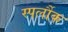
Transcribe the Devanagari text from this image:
स्पर्लौक